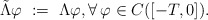
\begin{align*}\tilde\Lambda\varphi \ := \ \Lambda\varphi, \forall\,\varphi\in C([-T,0]).\end{align*}